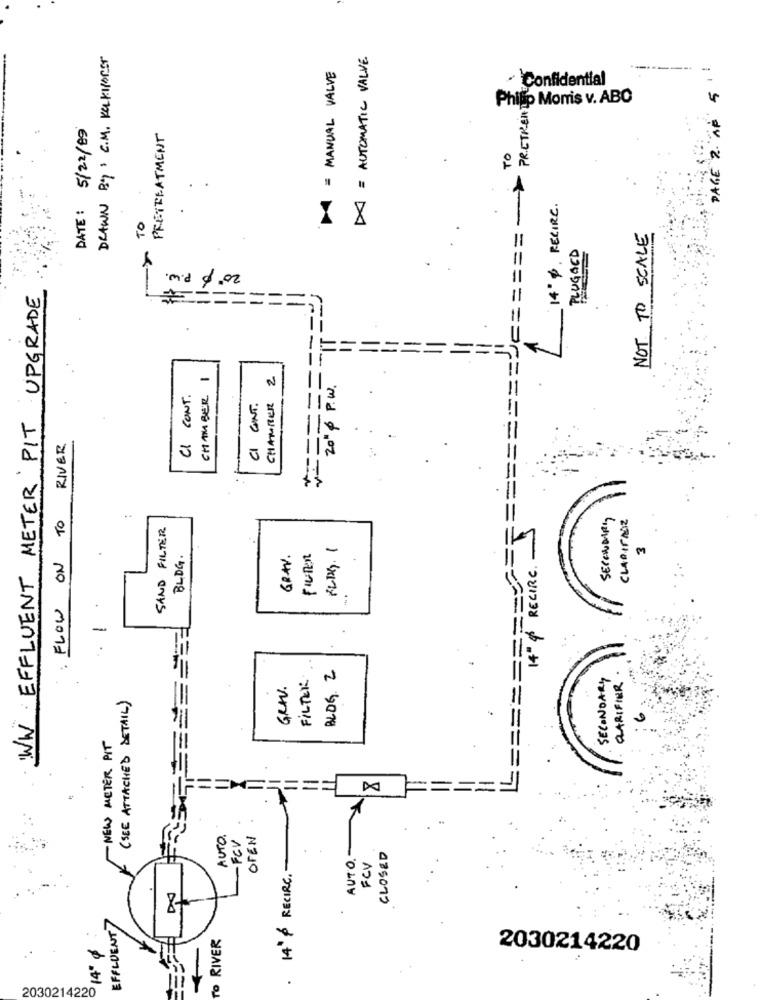
DRAWN BY : C.M. KeKIPorST
DA = AUTOMATIC VALVE.
M = MANUAL VALVE
PAGE 2. "AR 5 11
Confidential
== == = = = > PRETRENT.
Philip Morris v. ABC
DATE: 5/22/89
PRETREATMENT
TO
14' 4, RECIRC.
TO
NOT TO SCALE
->
PLUGGED
2
m'd
WW EFFLUENT METER PIT UPGRADE
0.02
====
==
CHAMBER 1
2
P . W .
CI CONT.
CHAMBER
CI GINT.
20" $
RIVER
FLOW ON TO
SECONDARY
CLARITADE
SAND FILTER
=========
BLOG.
GRAV.
Filter
M
14" & RECIRC.
-
BLOG 2
FILTER
SECONDARY
CLARIFIER
GRAV.
(SEE ATTACHED DETAIL)
NEW METER PIT
=
====
==
AUTO.
FCV
OFEN
AUTO.
CLOSED
FCV
14 P RECIRC.
DE
EFFLUENT
TO RIVER
14" &
2030214220
2030214220